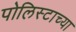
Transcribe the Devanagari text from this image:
पोलिस्टाच्या